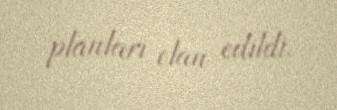
planları elan edildi.